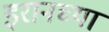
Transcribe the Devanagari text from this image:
इरानच्या